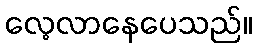
လေ့လာနေပေသည်။